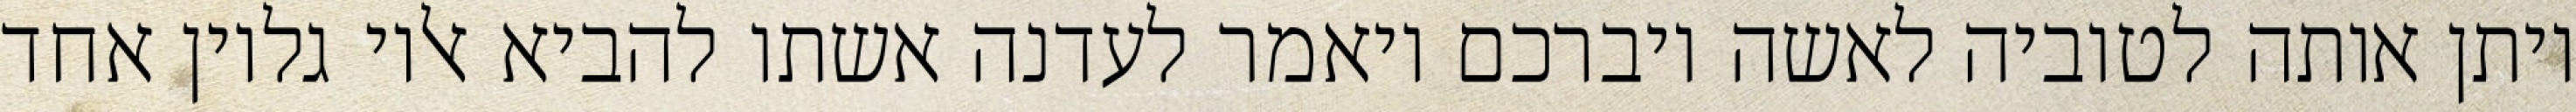
ויתן אותה לטוביה לאשה ויברכם ויאמר לעדנה אשתו להביא אליו גליון אחד